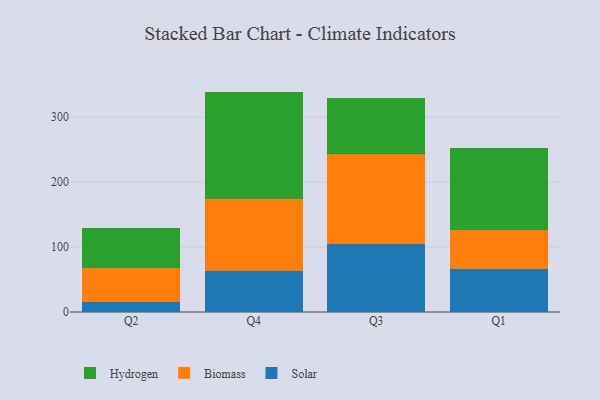
{"axis": {"x": "Quarter", "y": "Revenue (USD Million)"}, "legend": ["Biomass", "Hydrogen", "Solar"], "data": [{"x": "Q2", "y": 14.9, "type": "Solar"}, {"x": "Q2", "y": 52.3, "type": "Biomass"}, {"x": "Q2", "y": 62.1, "type": "Hydrogen"}, {"x": "Q4", "y": 62.5, "type": "Solar"}, {"x": "Q4", "y": 111.0, "type": "Biomass"}, {"x": "Q4", "y": 166.0, "type": "Hydrogen"}, {"x": "Q3", "y": 104.3, "type": "Solar"}, {"x": "Q3", "y": 139.8, "type": "Biomass"}, {"x": "Q3", "y": 84.9, "type": "Hydrogen"}, {"x": "Q1", "y": 67.0, "type": "Solar"}, {"x": "Q1", "y": 58.8, "type": "Biomass"}, {"x": "Q1", "y": 127.6, "type": "Hydrogen"}]}